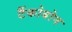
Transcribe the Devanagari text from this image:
टैंकोबोन